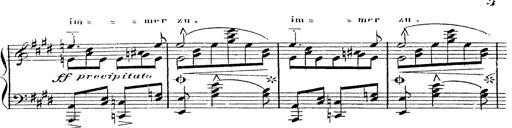
Title: 12 Lieder von Franz Schubert
Composer: Franz Liszt